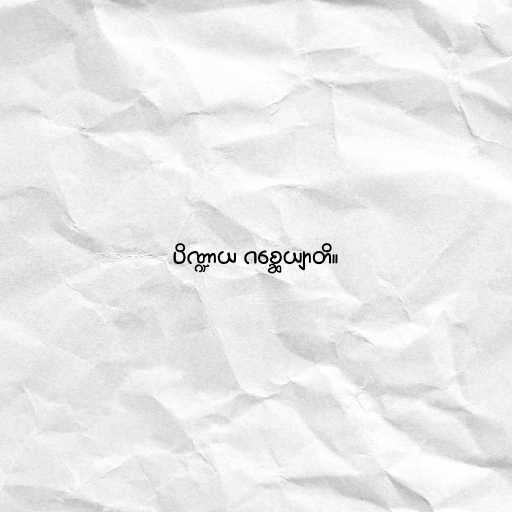
ပိဏ္ဍာယ ဂစ္ဆေယျာတိ။